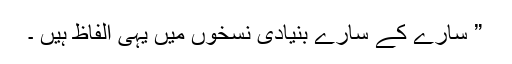
” سارے کے سارے بنیادی نسخوں میں یہی الفاظ ہیں ۔